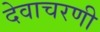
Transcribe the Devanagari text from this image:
देवाचरणी